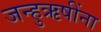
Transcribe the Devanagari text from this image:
जन्हुऋषींना